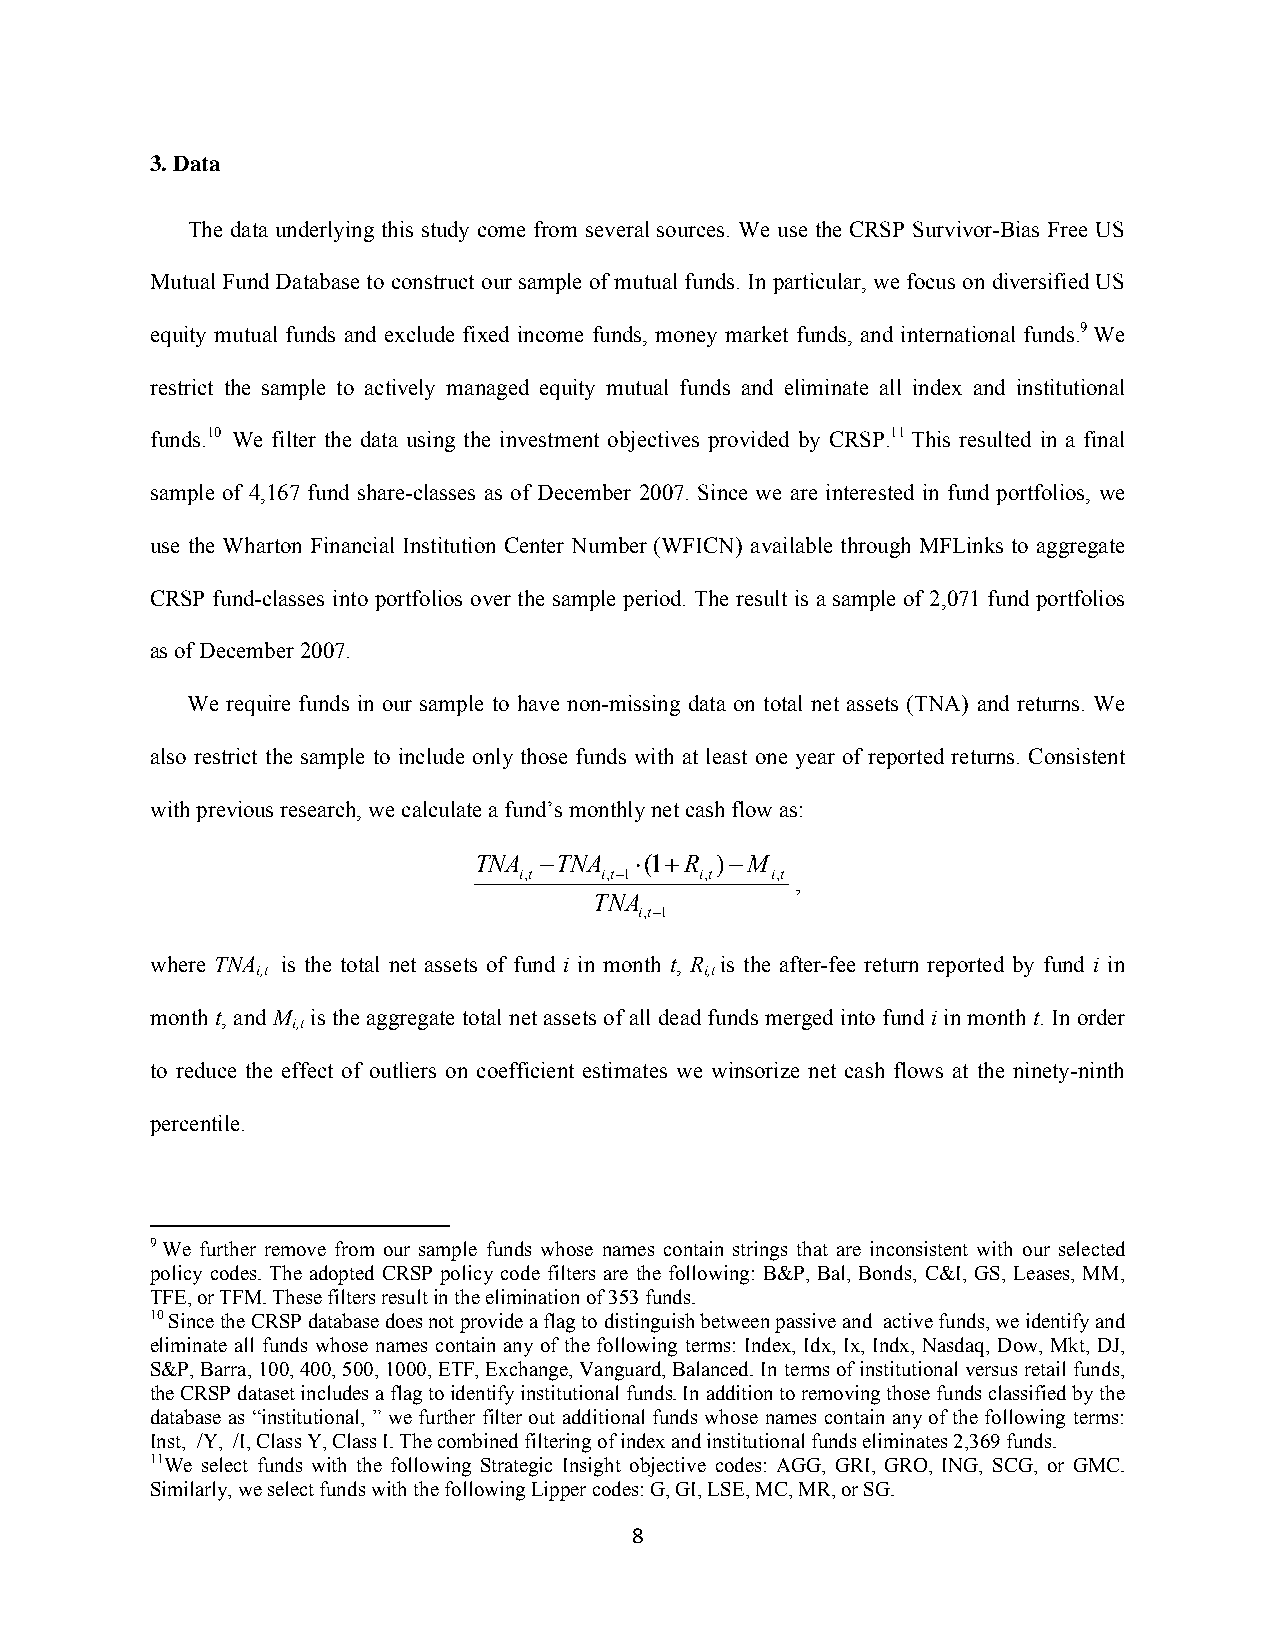
3. Data
 The data underlying this study come from several sources. We use the CRSP Survivor-Bias Free US
 Mutual Fund Database to construct our sample of mutual funds. In particular, we focus on diversified US
 equity mutual funds and exclude fixed income funds, money market funds, and international funds.9 We
 restrict the sample to actively managed equity mutual funds and eliminate all index and institutional
 funds.10 We filter the data using the investment objectives provided by CRSP.11 This resulted in a final
 sample of 4,167 fund share-classes as of December 2007. Since we are interested in fund portfolios, we
 use the Wharton Financial Institution Center Number (WFICN) available through MFLinks to aggregate
 CRSP fund-classes into portfolios over the sample period. The result is a sample of 2,071 fund portfolios
 as of December 2007.
 We require funds in our sample to have non-missing data on total net assets (TNA) and returns. We
 also restrict the sample to include only those funds with at least one year of reported returns. Consistent
 with previous research, we calculate a fund’s monthly net cash flow as:
 TNA  TNA  (1R )M
 i,t   i,t1 i,t  i,t ,
 TNA
 i,t1
 where TNA
 i,t
 is the total net assets of fund i in month t, R
 i,t
 is the after-fee return reported by fund i in
 month t, and M is the aggregate total net assets of all dead funds merged into fund i in month t. In order
 i,t
 to reduce the effect of outliers on coefficient estimates we winsorize net cash flows at the ninety-ninth
 percentile.
 9 We further remove from our sample funds whose names contain strings that are inconsistent with our selected
 policy codes. The adopted CRSP policy code filters are the following: B&P, Bal, Bonds, C&I, GS, Leases, MM,
 TFE, or TFM. These filters result in the elimination of 353 funds.
 10 Since the CRSP database does not provide a flag to distinguish between passive and active funds, we identify and
 eliminate all funds whose names contain any of the following terms: Index, Idx, Ix, Indx, Nasdaq, Dow, Mkt, DJ,
 S&P, Barra, 100, 400, 500, 1000, ETF, Exchange, Vanguard, Balanced. In terms of institutional versus retail funds,
 the CRSP dataset includes a flag to identify institutional funds. In addition to removing those funds classified by the
 database as “institutional, ” we further filter out additional funds whose names contain any of the following terms:
 Inst, /Y, /I, Class Y, Class I. The combined filtering of index and institutional funds eliminates 2,369 funds.
 11We select funds with the following Strategic Insight objective codes: AGG, GRI, GRO, ING, SCG, or GMC.
 Similarly, we select funds with the following Lipper codes: G, GI, LSE, MC, MR, or SG.
 8